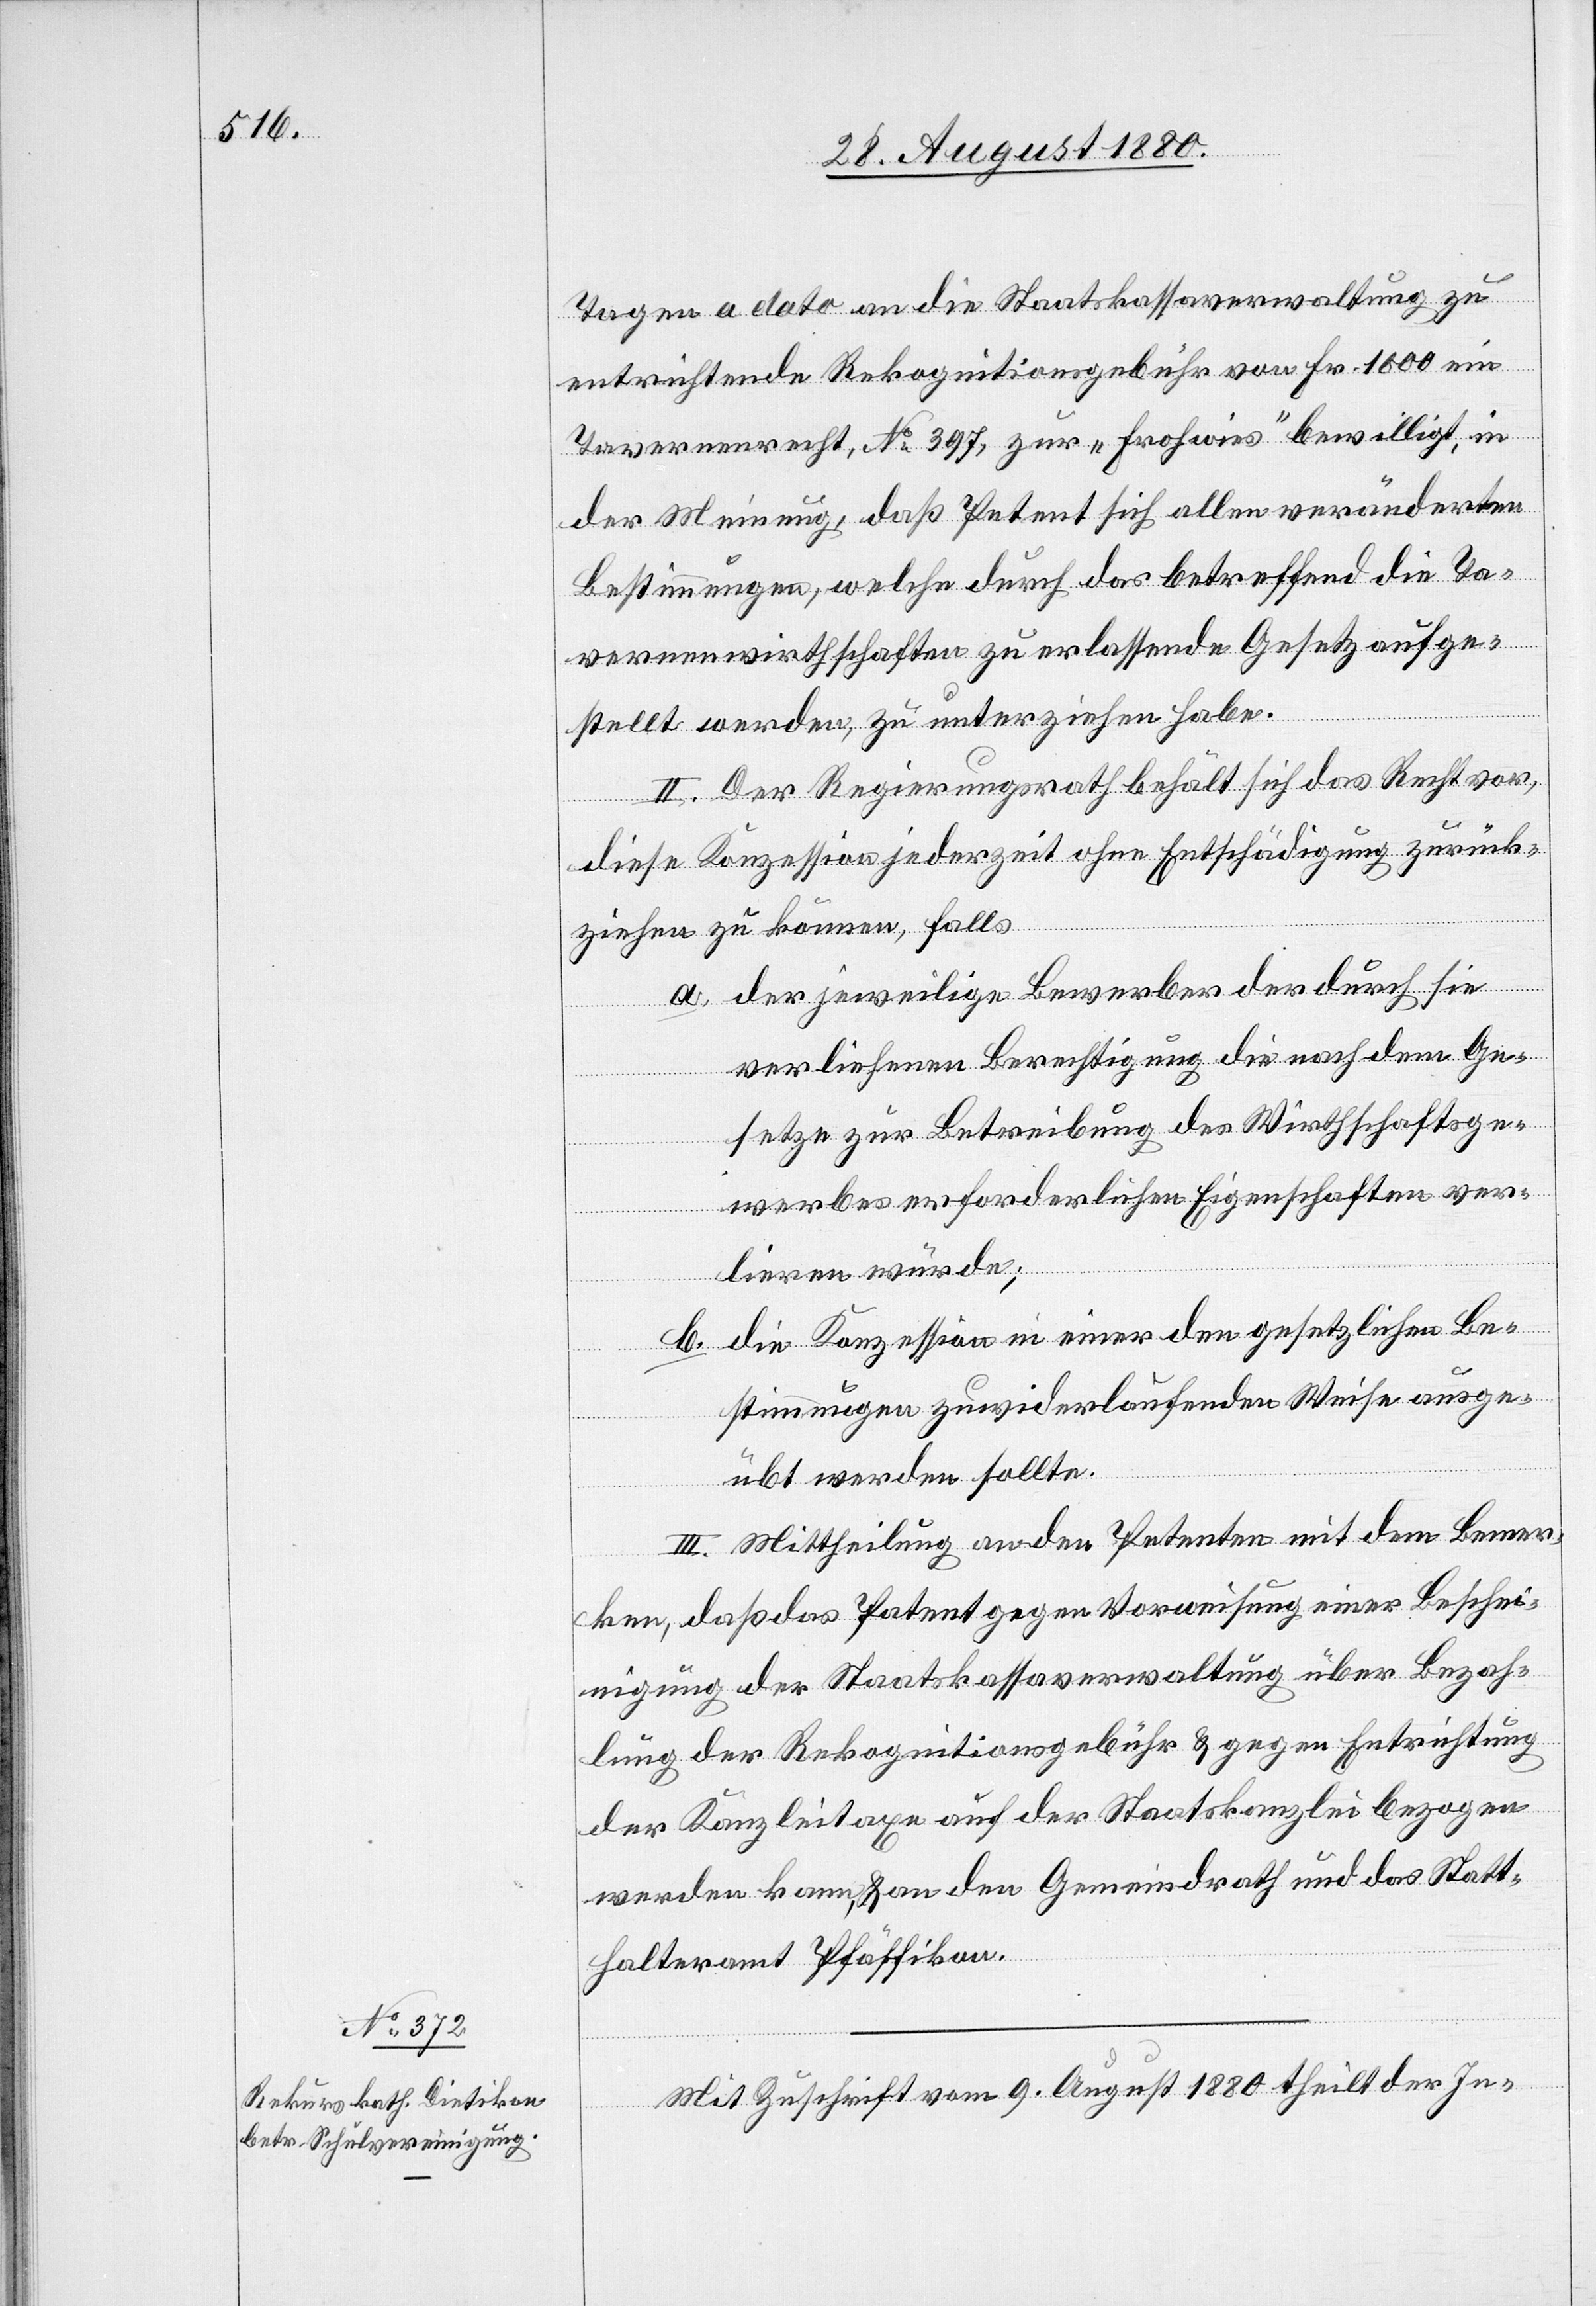
Tagen a dato an die Staatskassaverwaltung zu
entrichtende Rekognitionsgebühr von Fr. 1000 ein
Tavernenrecht, No 397, zur „Frohwies“ bewilligt, in
der Meinung, daß Petent sich allen veränderten
Bestimmungen, welche durch das betreffend die Ta¬
vernenwirthschaften zu erlassende Gesetz aufge¬
stellt werden, zu unterziehen habe.
II. Der Regierungsrath behält sich das Recht vor,
diese Konzession jederzeit ohne Entschädigung zurück¬
ziehen zu können, falls
a. der jeweilige Bewerber die durch sie
verliehenen Berechtigung die nach dem Ge¬
setze zur Betreibung des Wirthschaftsge¬
werbes erforderlichen Eigenschaften ver¬
lieren würde;
b. die Konzession in einer den gesetzlichen Be¬
stimmungen zuwiderlaufenden Weise ausge¬
übt werden sollte.
III. Mittheilung an den Petenten mit dem Bemer¬
ken, daß das Patent gegen Vorweisung einer Beschei¬
nigung der Staatskassaverwaltung über Bezah¬
lung der Rekognitionsgebühr & gegen Entrichtung
der Kanzleitaxe auf der Staatskanzlei bezogen
werden kann, & an den Gemeindrath und das Statt¬
halteramt Pfäffikon.
Mit Zuschrift vom 9. August 1880 theilt der In-